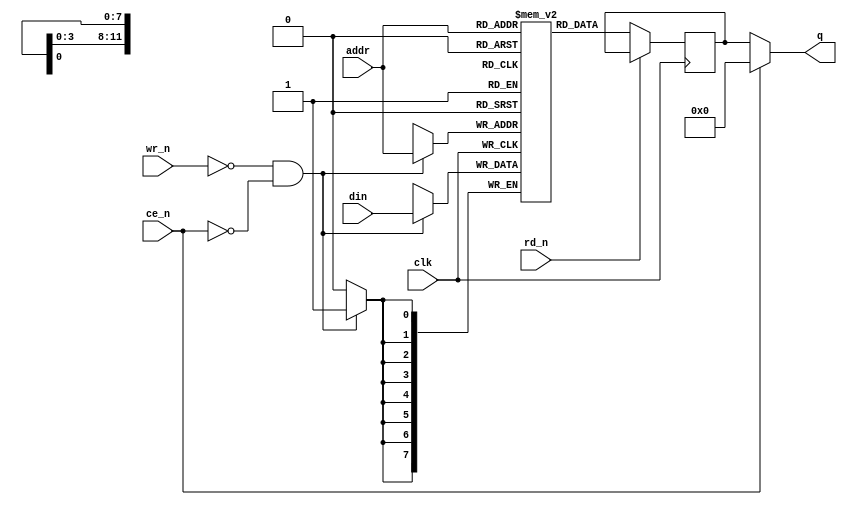

module ram
#(
  parameter addr_width=12,
  parameter data_width=8
)
(
  input clk,
  input [addr_width-1:0] addr,
  input [data_width-1:0] din,
  output [data_width-1:0] q,
  input rd_n,
  input wr_n,
  input ce_n
);

reg [data_width-1:0] data;
reg [data_width-1:0] mem[(1<<addr_width)-1:0];

assign q = ~ce_n ? data : 0;

always @(posedge clk) begin

  if (~rd_n) data <= mem[addr];
  if (~wr_n & ~ce_n) mem[addr] <= din;

end


endmodule